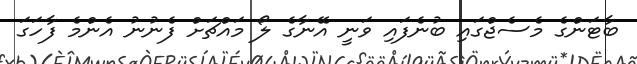
ބާޓަންގެ މެސެޖްގައި ބުނެފައި ވަނީ އޭނާގެ ލޯ މައްޗަށް ފެނުނު އެންމެ ފާހަގަ